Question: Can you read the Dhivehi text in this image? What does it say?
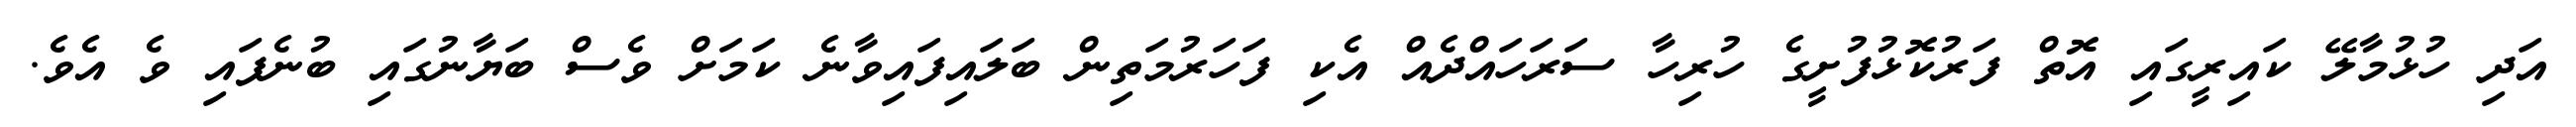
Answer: އަދި ހުޅުމާލޭ ކައިރީގައި އޮތް ފަރުކޮޅުފުށީގެ ހުރިހާ ސަރަހައްދެއް އެކި ފަހަރުމަތިން ބަލައިފައިވާނެ ކަމަށް ވެސް ބަޔާނުގައި ބުނެފައި ވެ އެވެ.